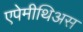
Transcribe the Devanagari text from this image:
एपेमीथिअस